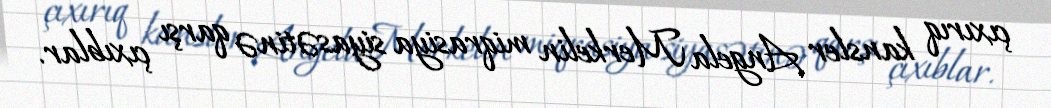
çıxırıq kansler Angela Merkelin miqrasiya siyasətinə qarşı çıxıblar.